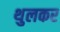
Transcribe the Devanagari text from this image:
थुलकर